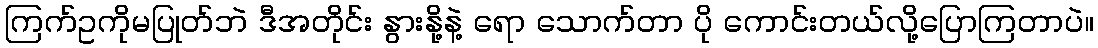
ကြက်ဥကိုမပြုတ်ဘဲ ဒီအတိုင်း နွားနို့နဲ့ ရော သောက်တာ ပို ကောင်းတယ်လို့ပြောကြတာပဲ။